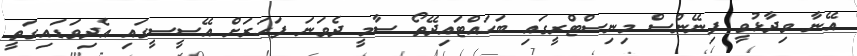
އޭނާ ވިދާޅުވީ ފިނޭންސް މިނިސްޓްރީގައި ބަހައްޓައިދޭތޯ ސާމީ ދެވަނަ ފަހަރަށް އޭސީސީގައި އެދިވަޑައިގަތީ